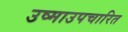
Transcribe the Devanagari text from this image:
उष्माउपचारित